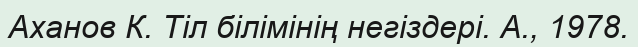
Аханов К. Тіл білімінің негіздері. А., 1978.